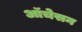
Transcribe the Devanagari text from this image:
ऑचेसन